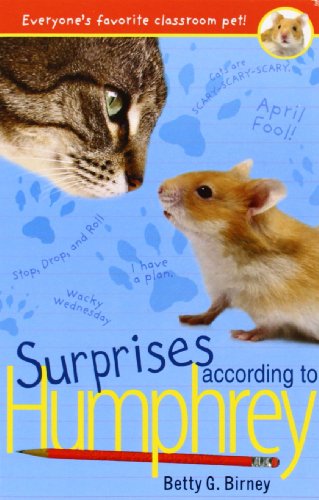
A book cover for Surprises According to Humphrey; Betty G. Birney; Children's Books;